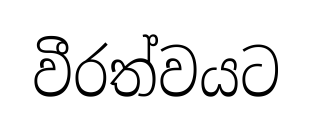
වීරත්වයට